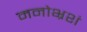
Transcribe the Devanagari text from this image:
मनोभ्रशं